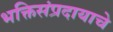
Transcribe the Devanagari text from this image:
भक्तिसंप्रदायाचे